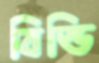
বিন্ডি